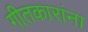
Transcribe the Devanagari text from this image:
गीतकारांना